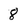
Character: 8